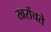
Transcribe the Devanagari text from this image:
खरोंचते